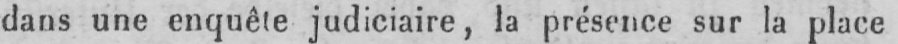
dans une enquête judiciaire, la présence sur la place